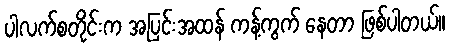
ပါလက်စတိုင်းက အပြင်းအထန် ကန့်ကွက် နေတာ ဖြစ်ပါတယ်။